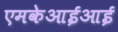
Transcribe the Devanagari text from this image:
एमकेआईआई